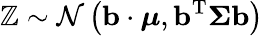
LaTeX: \mathbb{Z}\sim{\mathcal{{N}}}\left(\mathbf{{b}}\cdot{\boldsymbol{\mu}},\mathbf{{b}}^{\mathrm{{{T}}}}{\boldsymbol{\Sigma}}\mathbf{{b}}\right)